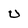
Character: U